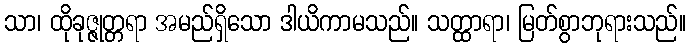
သာ၊ ထိုခုဇ္ဇုတ္တရာ အမည်ရှိသော ဒါယိကာမသည်။ သတ္ထာရာ၊ မြတ်စွာဘုရားသည်။